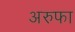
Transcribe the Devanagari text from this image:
अरुफा